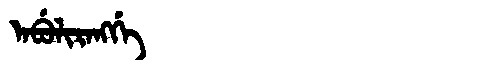
Manchu: ᠠᠪᡠᠯᡳᡵᠠᠩᡤᡝ
Romanization: ABULIRANGGE